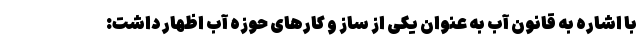
با اشاره به قانون آب به عنوان یکی از ساز و کارهای حوزه آب اظهار داشت: